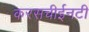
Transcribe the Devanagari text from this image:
करसचीईनटी